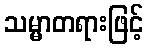
သမ္မာတရားဖြင့်